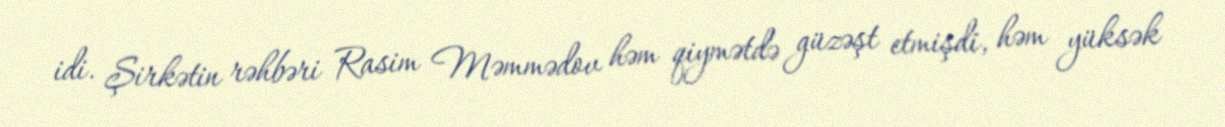
idi. Şirkətin rəhbəri Rasim Məmmədov həm qiymətdə güzəşt etmişdi, həm yüksək